Supplement to the account of plague administration in the Bombay Presidency from September 1896 till May 1897
Year: 1896
Disease focus: Plague
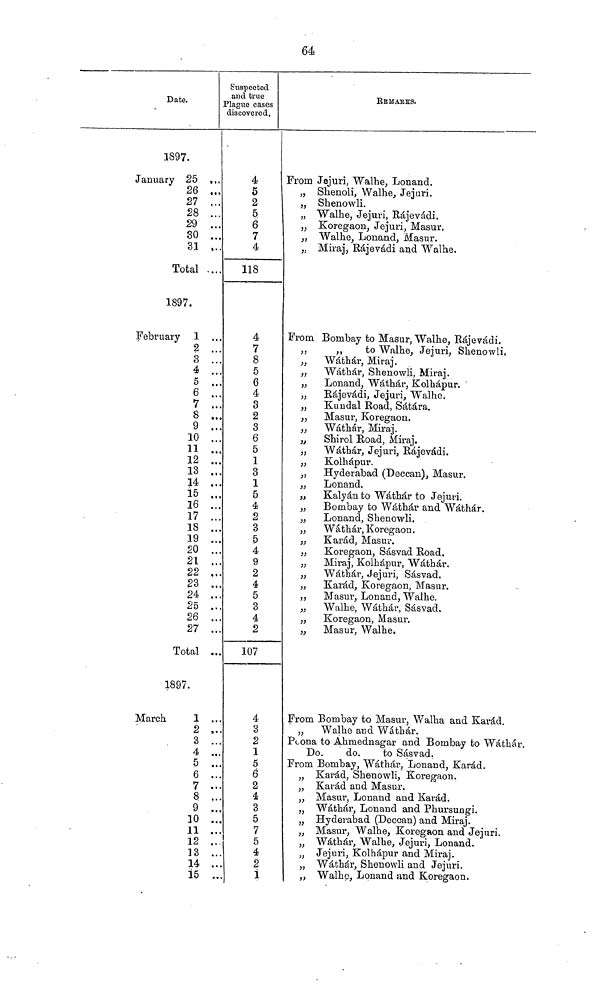
64
Date.
1897.
January 25
26
27
28
29
30
31
Total
1897.
February 1
2
3
4
5
6
7
8
9
10
11
12
13
14
15
16
17
18
19
20
21
22
23
24
25
26
27
Total
1897.
March
1
2
3
4
5
6
7
8
9
10
11
12
13
14
15
…
…
…
…
…
…
…
…
…
…
…
…
…
…
…
…
…
…
…
…
…
…
…
…
…
…
….
…
…
…
…
…
…
…
…
…
…
…
…
…
…
…
…
…
…
…
…
…
…
…
Suspected
and true
Plague cases
discovered,
4
5
2
5
6
7
4
118
4
7
8
5
6
4
3
2
3
6
5
1
3
1
5
4
2
3
5
4
9
2
4
5
3
4
2
107
4
3
2
1
5
6
2
4
3
5
7
5
4
2
1
REMARKS.
From Jejuri, Walhe, Lonand.
„ Shenoli, Walhe, Jejuri.
„ Shenowli.
„ Walhe, Jejuri, Rájevádi.
„ Koregaon, Jejuri, Masur.
,, Walhe, Lonand, Masur.
„ Miraj, Rájevádi and Walhe.
From Bombay to Masur, Walhe, Rájevádi.
„
„
to Walhe, Jejuri, Shenowli.
„
Wáthár, Miraj.
,, Wáthár, Shenowli, Miraj.
„
Lonand, Wáthár, Kolhápur.
„
Rájevádi, Jejuri, Walhe.
,, Kundal Road, Sátára.
,, Masur, Koregaon.
„
Wáthár, Miraj.
„
Shirol Road, Miraj.
,, Wáthár, Jejuri, Rájevádi.
„
Kolhápur.
„
Hyderabad (Deccan), Masur.
,,
Lonand.
„
Kalyán to Wáthár to Jejuri.
„
Bombay to Wáthár and Wáthár.
„
Lonand, Shenowli.
„
Wáthár, Koregaon.
„
Karád, Masur.
., Koregaon, Sásvad Road.
„
Miraj, Kolhápur, Wáthár.
,, Wáthár, Jejuri, Sásvad.
„
Karád, Koregaon, Masur.
,, Masur, Lonand, Walhe.
„
Walhe, Wáthár, Sásvad.
„
Koregaon, Masur.
„
Masur, Walhe.
From Bombay to Masur, Walha and Karád.
„
Walhe and Wáthár.
Peona to Ahmednagar and Bombay to Wáthár.
Do.
do.
to Sásvad.
From Bombay, Wáthár, Lonand, Karád.
„ Karád, Shenowli, Koregaon.
,, Karád and Masur.
„ Masur, Lonand and Karád.
„ Wáthár, Lonand and Phursungi.
„ Hyderabad (Deccan) and Miraj.
„ Masur, Walhe, Koregaon and Jejuri.
„ Wáthár, Walhe, Jejuri, Lonand.
„ Jejuri, Kolhápur and Miraj.
„ Wáthár, Shenowli and Jejuri.
„ Walhe, Lonand and Koregaon.